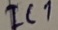
Text: IC1